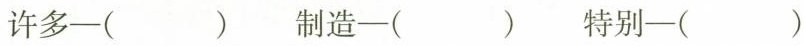
许多-（） 制造-（） 特别-（）